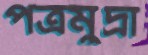
পত্রমুদ্রা